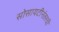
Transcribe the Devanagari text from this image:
सोसायटीनंतरची